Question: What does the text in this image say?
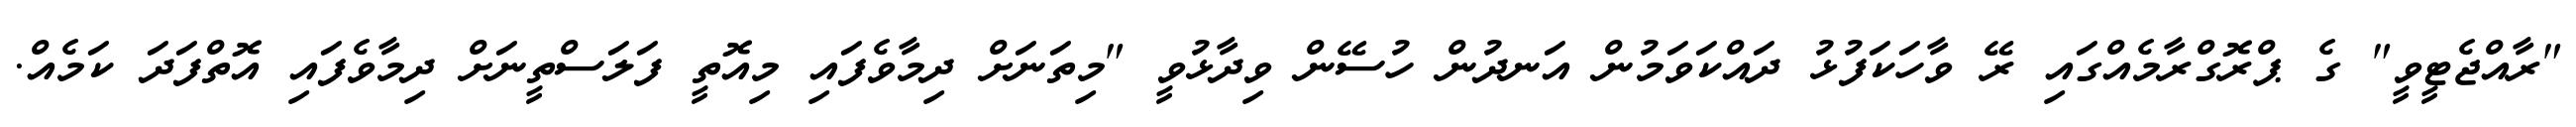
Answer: "ރާއްޖެޓީވީ" ގެ ޕްރޮގްރާމެއްގައި ރޭ ވާހަކަފުޅު ދައްކަވަމުން އަނދުން ހުސޭން ވިދާޅުވީ "މިތަނަށް ދިމާވެފައި މިއޮތީ ފަލަސްތީނަށް ދިމާވެފައި އޮތްފަދަ ކަމެއް.